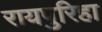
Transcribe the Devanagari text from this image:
रायपुरिहा